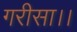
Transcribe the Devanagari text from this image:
गरीसा।।